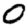
Digit: 0